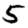
Digit: 5